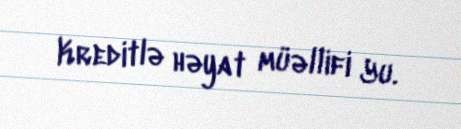
Kreditlə həyat müəllifi Yu.